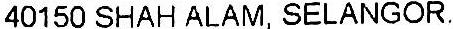
40150 SHAH ALAM, SELANGOR.